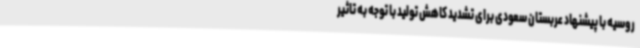
روسیه با پیشنهاد عربستان سعودی برای تشدید کاهش تولید با توجه به تاثیر